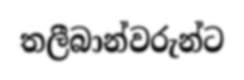
තලීබාන්වරුන්ට